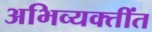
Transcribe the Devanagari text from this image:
अभिव्यक्तींत